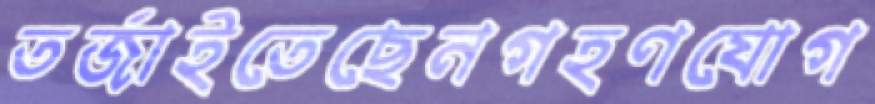
তর্জাইতেছেনগহণযোগ